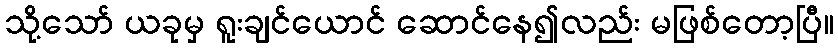
သို့သော် ယခုမှ ရူးချင်ယောင် ဆောင်နေ၍လည်း မဖြစ်တော့ပြီ။